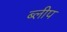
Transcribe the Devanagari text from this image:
ब्लीप